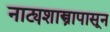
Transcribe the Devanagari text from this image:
नाट्यशास्त्रापासून